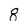
Character: 8